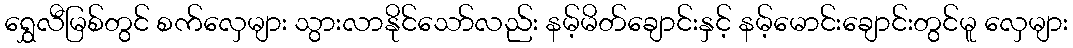
ရွှေလီမြစ်တွင် စက်လှေများ သွားလာနိုင်သော်လည်း နမ့်မိတ်ချောင်းနှင့် နမ့်မောင်းချောင်းတွင်မူ လှေများ